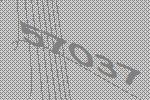
57037